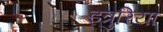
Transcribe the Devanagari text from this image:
इत्रुरिया